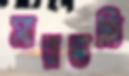
সারভর্তি